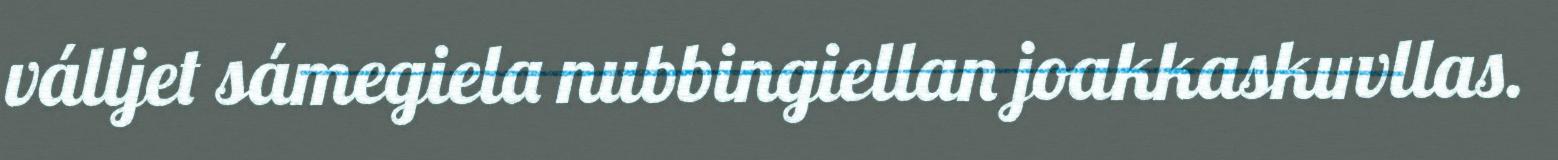
válljet sámegiela nubbingiellan joakkaskuvllas.